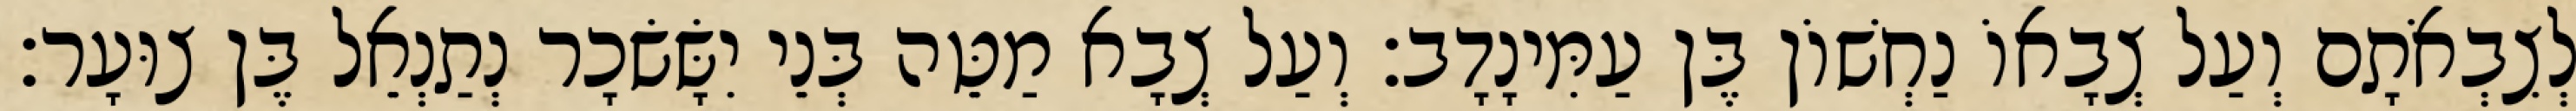
לְצִבְאֹתָם וְעַל צְבָאוֹ נַחְשׁוֹן בֶּן עַמִּינָדָב׃ וְעַל צְבָא מַטֵּה בְּנֵי יִשָּׂשׂכָר נְתַנְאֵל בֶּן צוּעָר׃